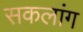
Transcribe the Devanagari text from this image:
सकलांग